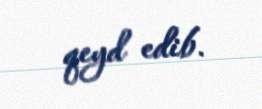
qeyd edib.